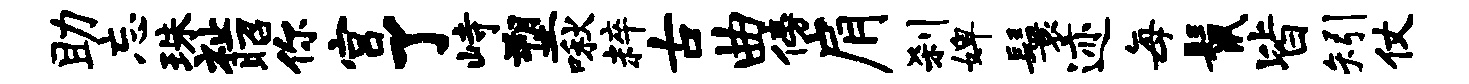
助忘珠祉昭你宫了峙塑啾粹古曲傍肩刹婢鬟迹每鬣皆矧仗